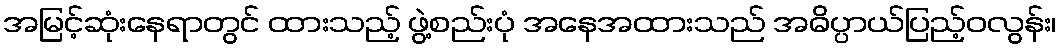
အမြင့်ဆုံးနေရာတွင် ထားသည့် ဖွဲ့စည်းပုံ အနေအထားသည် အဓိပ္ပာယ်ပြည့်ဝလွန်း၊